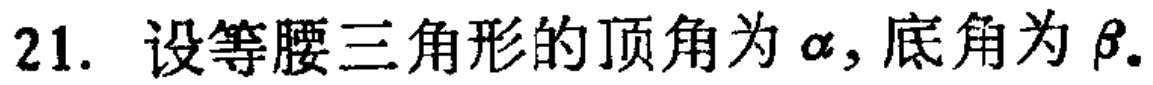
21. 设等腰三角形的顶角为\(\alpha\)，底角为\(\beta\).